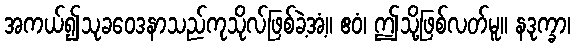
အကယ်၍သုခဝေဒနာသည်ကုသိုလ်ဖြစ်ခဲ့အံ့။ ဧဝံ၊ ဤသို့ဖြစ်လတ်မူ။ နဒုက္ခာ၊